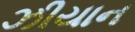
ઝીયાન